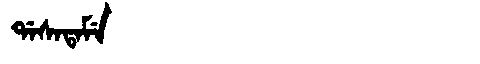
Manchu: ᡩᠠᠰᠠᡨᠠᠮᡝ
Romanization: DASATAME